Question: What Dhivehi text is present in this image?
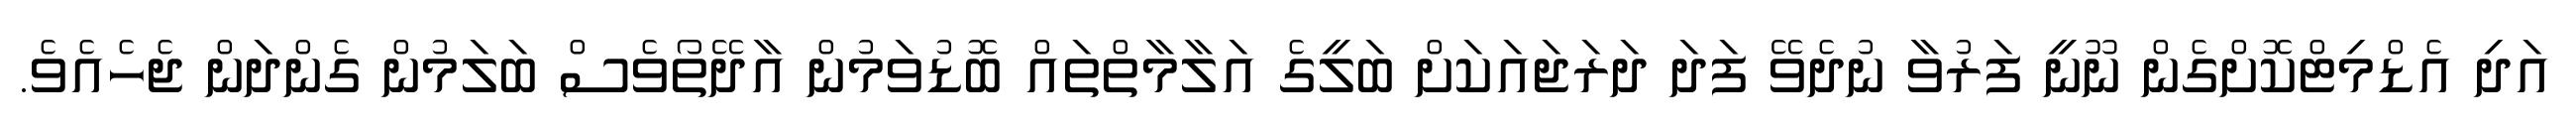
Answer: އަދި އެޑްމިޓްކޮށްގެން ނޫނީ ފަރުވާ ނުދެވޭ ފަދަ ދަރަޖައަކަށް ބަލީގެ އަލާމާތްތައް ބޮޑުވަމުން އާދޭތޯވެސް ބަލަމުން ގެންދަން ޖެހެއެވެ.